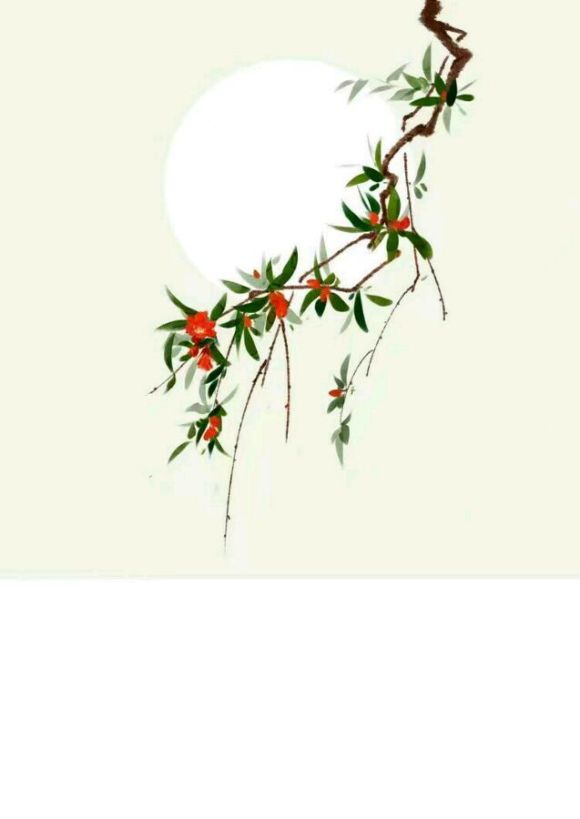
谁怜一片影，相失万重云？